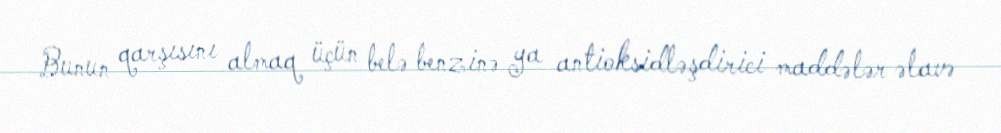
Bunun qarşısını almaq üçün belə benzinə ya antioksidləşdirici maddələr əlavə